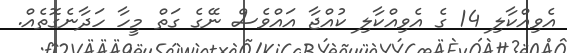
އެވިއްކާލި 14 ގެ އެވިއްކާލި ކުއްޖާ އައްވެސް ނޭގެ ގަތް މީހާ ހަދާނެގޮތެއް.